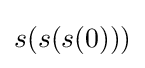
s(s(s(0)))